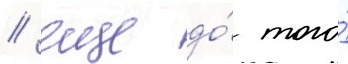
/ еще до́ того́